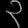
Digit: ၃